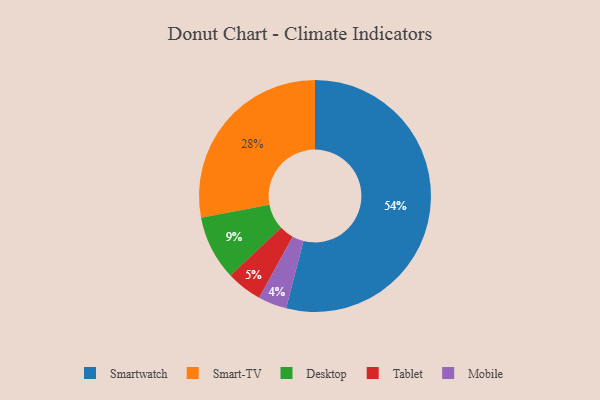
{"axis": {"x": "Category", "y": "Percentage"}, "legend": ["Desktop", "Mobile", "Smart-TV", "Smartwatch", "Tablet"], "data": [{"x": "Mobile", "y": 4, "type": "Mobile"}, {"x": "Tablet", "y": 5, "type": "Tablet"}, {"x": "Smartwatch", "y": 54, "type": "Smartwatch"}, {"x": "Smart-TV", "y": 28, "type": "Smart-TV"}, {"x": "Desktop", "y": 9, "type": "Desktop"}]}